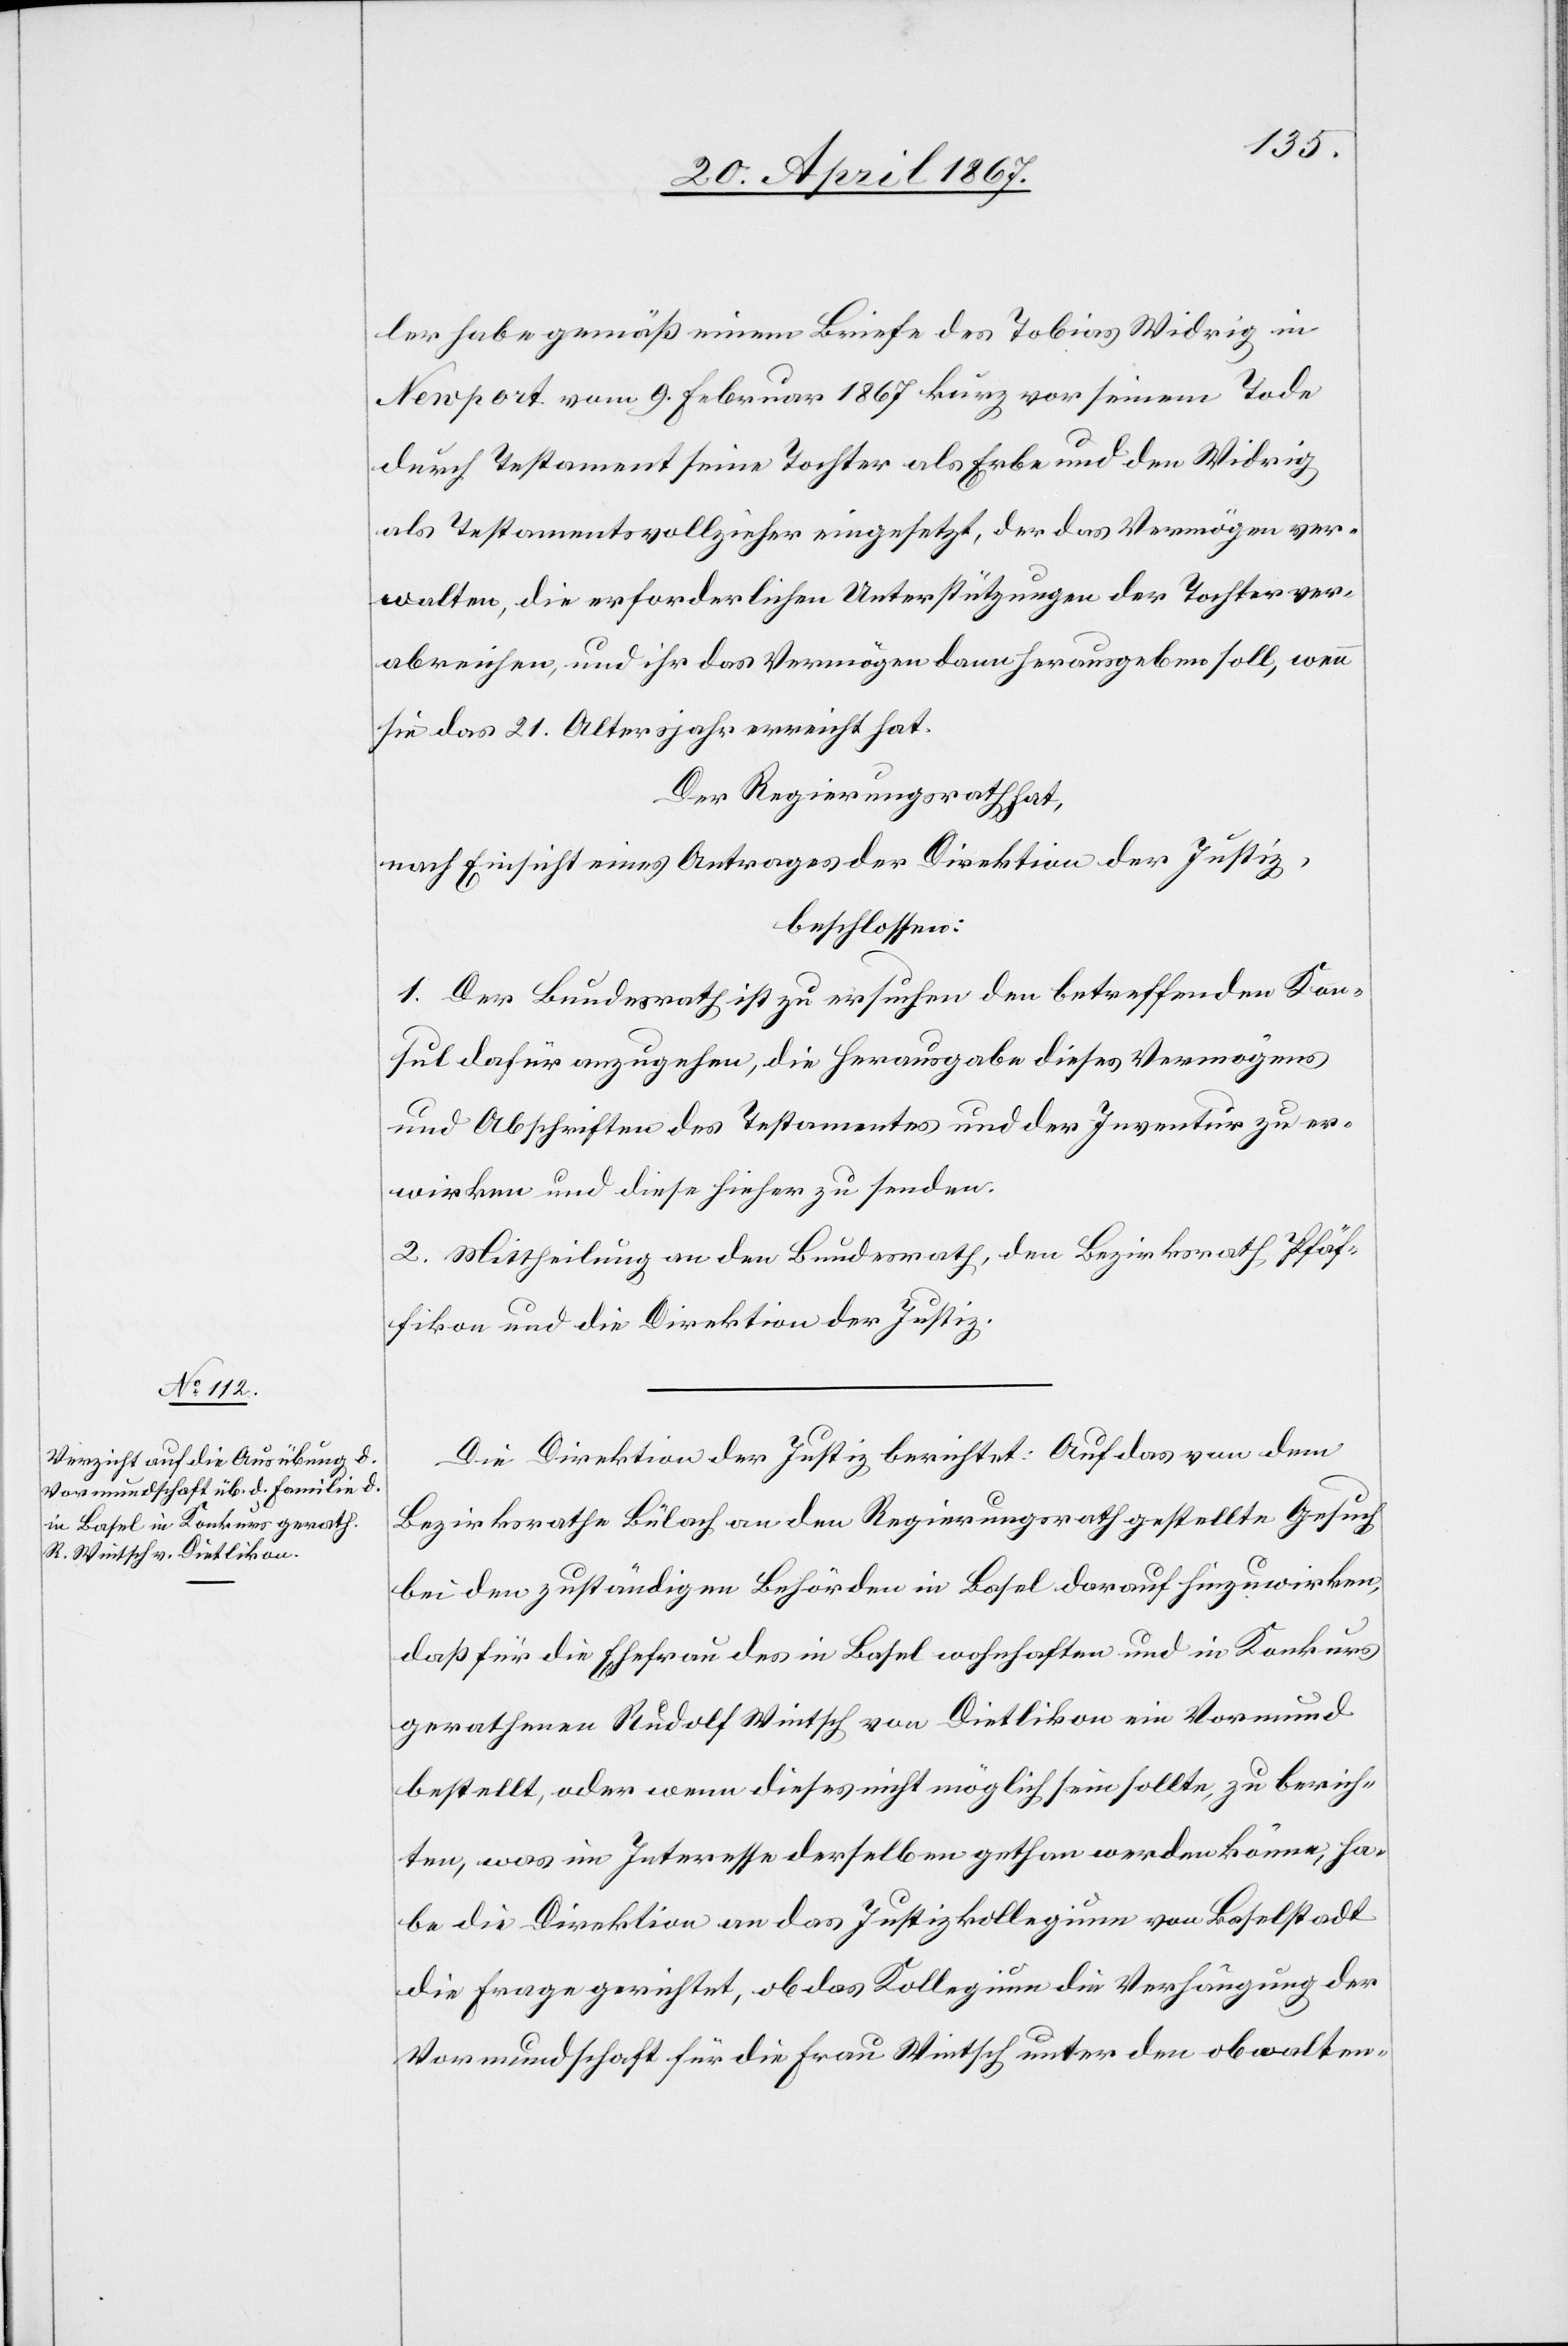
ler habe gemäß einem Briefe des Tobias Widrig in
Newport vom 9. Februar 1867 kurz vor seinem Tode
durch Testament seine Tochter als Erbe und den Widrig
als Testamentsvollzieher eingesetzt, der das Vermögen ver¬
walten, die erforderlichen Unterstützungen der Tochter ver¬
abreichen, und ihr das Vermögen dann herausgeben soll, wenn
sie das 21. Altersjahr erreicht hat.
Der Regierungsrath hat,
nach Einsicht eines Antrages der Direktion der Justiz,
beschlossen:
1. Der Bundesrath ist zu ersuchen den betreffenden Kon¬
sul dafür anzugehen, die Herausgabe dieses Vermögens
und Abschriften des Testamentes und der Inventur zu er¬
wirken und diese hieher zu senden.
2. Mittheilung an den Bundesrath, den Bezirksrath Pfäf¬
fikon und die Direktion der Justiz.
Die Direktion der Justiz berichtet: Auf das von dem
Bezirksrathe Bülach an den Regierungsrath gestellte Gesuch
bei den zuständigen Behörden in Basel darauf hinzuwirken,
daß für die Ehefrau des in Basel wohnhaften und in Konkurs
gerathenen Rudolf Wintsch von Dietlikon ein Vormund
bestellt, oder wenn dieses nicht möglich sein sollte, zu berich¬
ten, was im Interesse derselben gethan werden könne, ha¬
be die Direktion an das Justizkollegium von Baselstadt
die Frage gerichtet, ob das Kollegium die Verhängung der
Vormundschaft für die Frau Wintsch unter den obwalten-